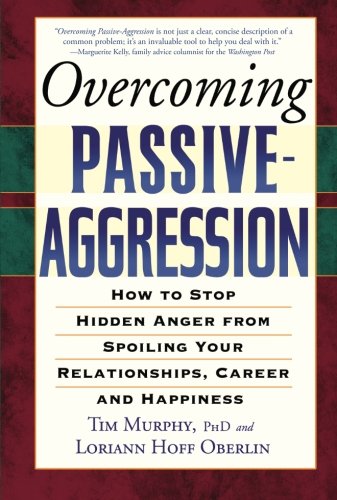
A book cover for Overcoming Passive-Aggression: How to Stop Hidden Anger from Spoiling Your Relationships, Career and Happiness; Tim Murphy; Self-Help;